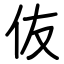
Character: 伖